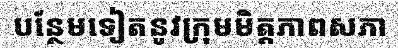
បន្ថែមទៀតនូវក្រុមមិត្តភាពសភា